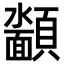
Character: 𮨡